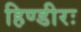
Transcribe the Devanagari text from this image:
हिण्डीरः